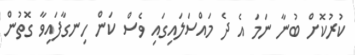
ކުރުކޮށް ބުނާ ނަމަ އެ ދެ މައްސަލައިގައި ވެސް ކަން ހިނގާފައިވާ ގޮތުން